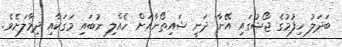
ބަދަލު ހިފުމުގެ ޖޯޝުގައި އޭނާ ދަނީ ޝައިތޯނާއަށް ހެއްލި ނުބައި މަގަކާއި ދިމާލަށެވެ.